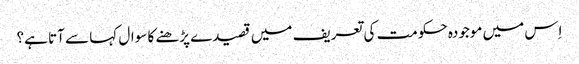
اِس میں موجودہ حکومت کی تعریف میں قصیدے پڑھنے کا سوال کہا سے آتا ہے؟